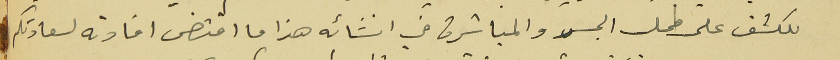
للكشف على محل الجسر والمباشرة في انشائه هذا ما اقتضى افادته لسعادتكم